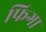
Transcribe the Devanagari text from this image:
फिगा